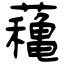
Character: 蘒